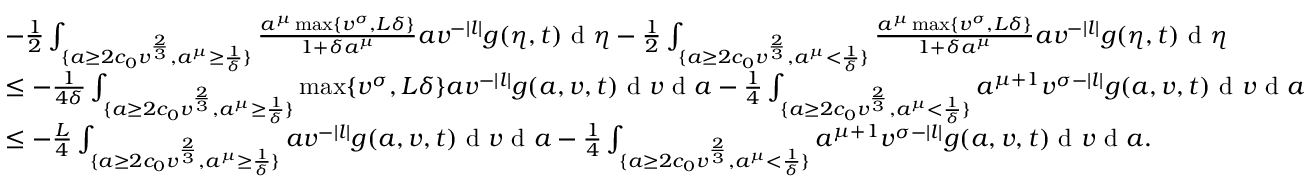
\begin{array} { r l } & { - \frac { 1 } { 2 } \int _ { \{ a \geq 2 c _ { 0 } v ^ { \frac { 2 } { 3 } } , a ^ { \mu } \geq \frac { 1 } { \delta } \} } \frac { a ^ { \mu } \operatorname* { m a x } \{ v ^ { \sigma } , L \delta \} } { 1 + \delta a ^ { \mu } } a v ^ { - | l | } g ( \eta , t ) \textup { d } \eta - \frac { 1 } { 2 } \int _ { \{ a \geq 2 c _ { 0 } v ^ { \frac { 2 } { 3 } } , a ^ { \mu } < \frac { 1 } { \delta } \} } \frac { a ^ { \mu } \operatorname* { m a x } \{ v ^ { \sigma } , L \delta \} } { 1 + \delta a ^ { \mu } } a v ^ { - | l | } g ( \eta , t ) \textup { d } \eta } \\ & { \leq - \frac { 1 } { 4 \delta } \int _ { \{ a \geq 2 c _ { 0 } v ^ { \frac { 2 } { 3 } } , a ^ { \mu } \geq \frac { 1 } { \delta } \} } \operatorname* { m a x } \{ v ^ { \sigma } , L \delta \} a v ^ { - | l | } g ( a , v , t ) \textup { d } v \textup { d } a - \frac { 1 } { 4 } \int _ { \{ a \geq 2 c _ { 0 } v ^ { \frac { 2 } { 3 } } , a ^ { \mu } < \frac { 1 } { \delta } \} } a ^ { \mu + 1 } v ^ { \sigma - | l | } g ( a , v , t ) \textup { d } v \textup { d } a } \\ & { \leq - \frac { L } { 4 } \int _ { \{ a \geq 2 c _ { 0 } v ^ { \frac { 2 } { 3 } } , a ^ { \mu } \geq \frac { 1 } { \delta } \} } a v ^ { - | l | } g ( a , v , t ) \textup { d } v \textup { d } a - \frac { 1 } { 4 } \int _ { \{ a \geq 2 c _ { 0 } v ^ { \frac { 2 } { 3 } } , a ^ { \mu } < \frac { 1 } { \delta } \} } a ^ { \mu + 1 } v ^ { \sigma - | l | } g ( a , v , t ) \textup { d } v \textup { d } a . } \end{array}